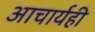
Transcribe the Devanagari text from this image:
आचार्यही